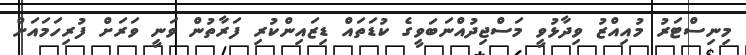
މިނިސްޓަރު މުއިއްޒު ވިދާޅުވީ މަސްޖިދުއްނަބަވީގެ ކުޑަތައް ޑިޒައިންކުރި ފަރާތުން ވަނީ ވަރަށް ފުރިހަމައަށް